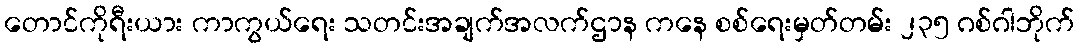
တောင်ကိုရီးယား ကာကွယ်ရေး သတင်းအချက်အလက်ဌာန ကနေ စစ်ရေးမှတ်တမ်း ၂၃၅ ဂစ်ဂါဘိုက်